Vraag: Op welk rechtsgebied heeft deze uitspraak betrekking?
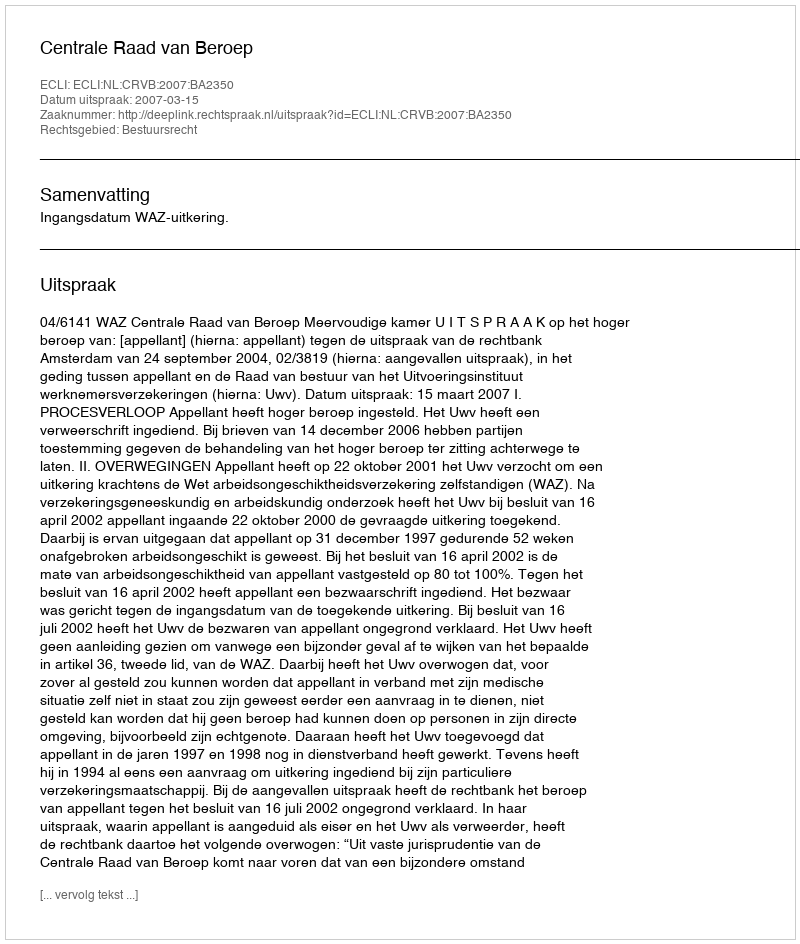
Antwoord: Bestuursrecht